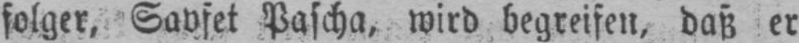
folger, Savfet Pascha, wird begreifen, daß er